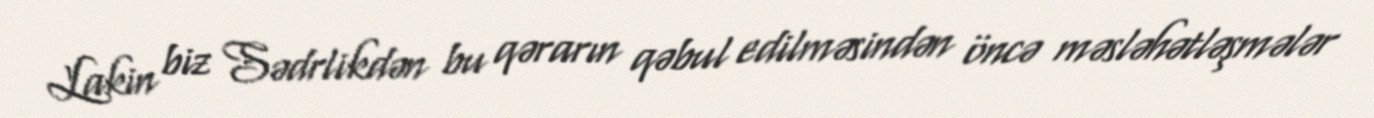
Lakin biz Sədrlikdən bu qərarın qəbul edilməsindən öncə məsləhətləşmələr